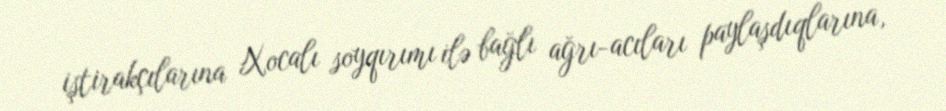
iştirakçılarına Xocalı soyqırımı ilə bağlı ağrı-acıları paylaşdıqlarına,